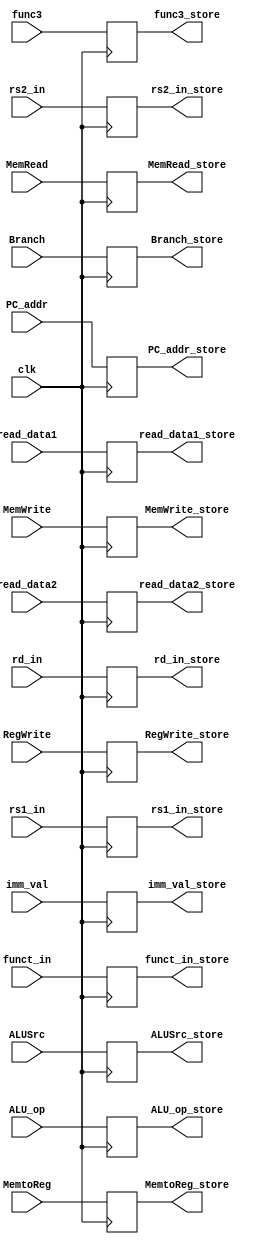
module ID_EX
(
    input clk,
    input [63:0] PC_addr,
    input [63:0] read_data1, read_data2,
    input [63:0] imm_val,
    input [3:0] funct_in,
    input [4:0] rd_in, rs1_in, rs2_in,
    input MemtoReg, RegWrite,
    input Branch, MemWrite, MemRead,
    input ALUSrc,
    input [1:0] ALU_op,
    input [2:0] func3,

    output reg [63:0] PC_addr_store,
    output reg [63:0] read_data1_store, read_data2_store,
    output reg [63:0] imm_val_store,
    output reg [3:0] funct_in_store,
    output reg [4:0] rd_in_store, rs1_in_store, rs2_in_store,
    output reg MemtoReg_store, RegWrite_store,
    output reg Branch_store, MemWrite_store, MemRead_store,
    output reg ALUSrc_store,
    output reg [1:0] ALU_op_store,
    output reg [2:0] func3_store

);

always @(negedge clk) begin
    PC_addr_store = PC_addr;
    read_data1_store = read_data1;
    read_data2_store = read_data2;
    imm_val_store = imm_val;
    funct_in_store = funct_in;
    rd_in_store = rd_in;
    rs1_in_store = rs1_in;
    rs2_in_store = rs2_in;
    RegWrite_store = RegWrite;
    MemtoReg_store = MemtoReg;
    Branch_store = Branch;
    MemWrite_store = MemWrite;
    MemRead_store = MemRead;
    ALUSrc_store = ALUSrc;
    ALU_op_store = ALU_op;
    func3_store=func3;

end

endmodule